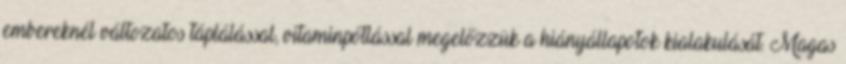
embereknél változatos táplálással, vitaminpótlással megelőzzük a hiányállapotok kialakulását. Magas